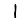
Digit: 1